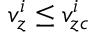
v _ { z } ^ { i } \leq v _ { z c } ^ { i }